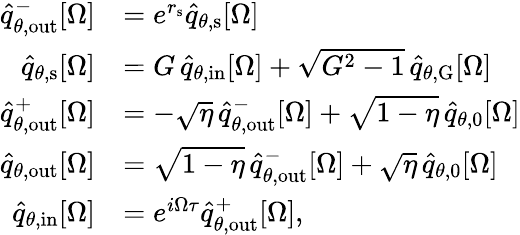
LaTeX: \begin{array}{rl}{\hat{q}_{\theta,\mathrm{out}}^{-}[\Omega]}&{=e^{r_{\mathrm{s}}}\hat{q}_{\theta,\mathrm{s}}[\Omega]}\\ {\hat{q}_{\theta,\mathrm{s}}[\Omega]}&{=G\, \hat{q}_{\theta,\mathrm{in}}[\Omega]+\sqrt{G^{2}-1}\, \hat{q}_{\theta,\mathrm{G}}[\Omega]}\\ {\hat{q}_{\theta,\mathrm{out}}^{+}[\Omega]}&{=-\sqrt{\eta}\, \hat{q}_{\theta,\mathrm{out}}^{-}[\Omega]+\sqrt{1-\eta}\, \hat{q}_{\theta,0}[\Omega]}\\ {\hat{q}_{\theta,\mathrm{out}}[\Omega]}&{=\sqrt{1-\eta}\, \hat{q}_{\theta,\mathrm{out}}^{-}[\Omega]+\sqrt{\eta}\, \hat{q}_{\theta,0}[\Omega]}\\ {\hat{q}_{\theta,\mathrm{in}}[\Omega]}&{=e^{i\Omega\tau}\hat{q}_{\theta,\mathrm{out}}^{+}[\Omega],}\end{array}